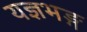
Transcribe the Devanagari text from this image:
यज्ञभङ्ग